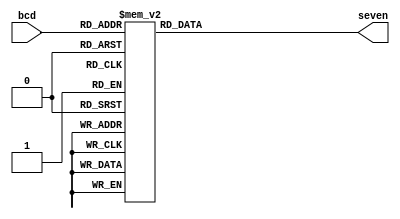
//`timescale 1ns/1ps

module bcd_seven (bcd, seven);

    input [3:0] bcd;
    output[6:0] seven;

    reg [6:0] seven;

    always @(bcd)
    begin
        case (bcd)
        4'b0000 : seven = 7'b0111111; 
        4'b0001 : seven = 7'b0110000;
        4'b0010 : seven = 7'b1101101;
        4'b0011 : seven = 7'b1111001;
        4'b0100 : seven = 7'b0110011;
        4'b0101 : seven = 7'b1011011;
        4'b0110 : seven = 7'b1011111;
        4'b0111 : seven = 7'b1110000;
        4'b1000 : seven = 7'b1111111;
        4'b1001 : seven = 7'b1111011;
        default : seven = 7'b0000000;

        endcase
    end

endmodule